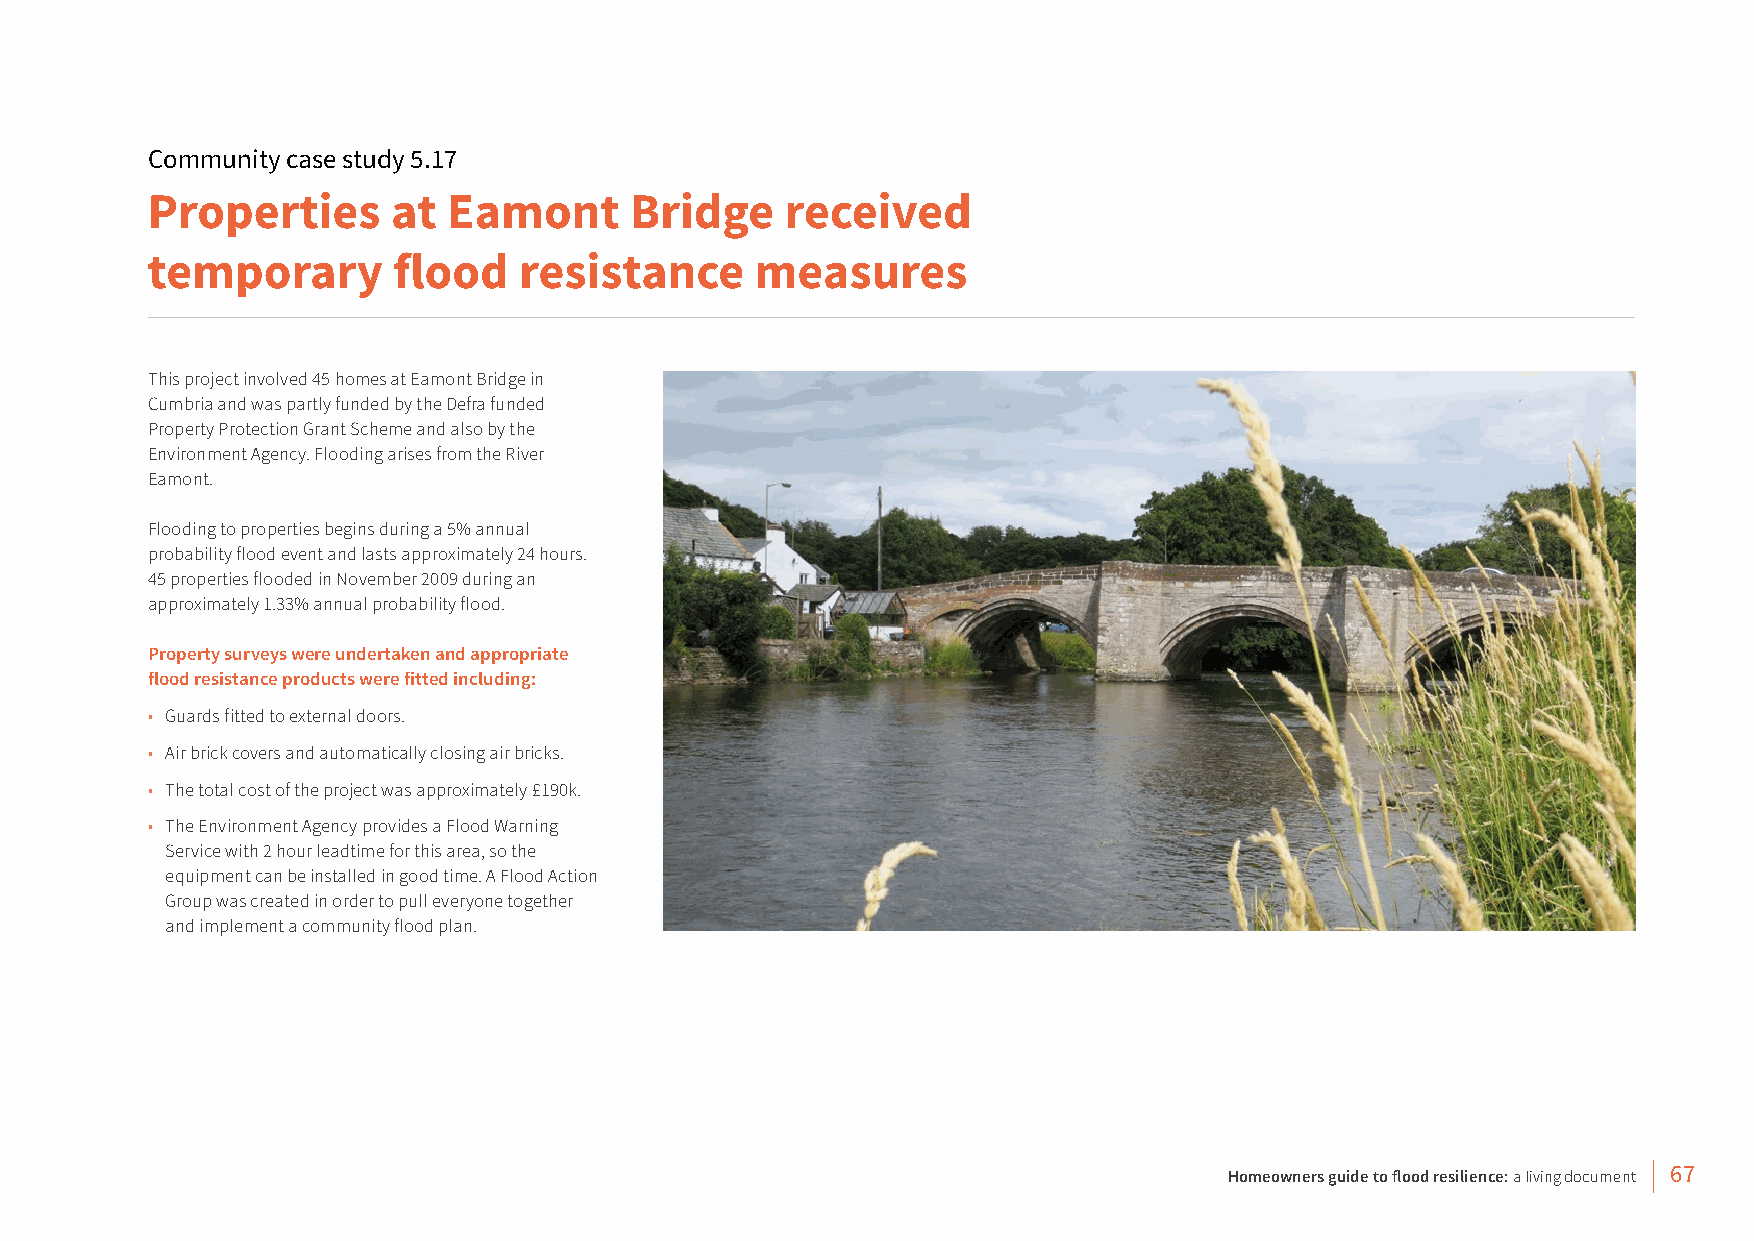
Community case study 5.17
 Properties      at  Eamont      Bridge    received
 temporary       flood   resistance      measures
 This project involved 45 homes at Eamont Bridge in
 Cumbria and was partly funded by the Defra funded
 Property Protection Grant Scheme and also by the
 Environment Agency. Flooding arises from the River
 Eamont.
 Flooding to properties begins during a 5% annual
 probability flood event and lasts approximately 24 hours.
 45 properties flooded in November 2009 during an
 approximately 1.33% annual probability flood.
 Property surveys were undertaken and appropriate
 flood resistance products were fitted including:
 • Guards fitted to external doors.
 • Air brick covers and automatically closing air bricks.
 • The total cost of the project was approximately £190k.
 • The Environment Agency provides a Flood Warning
 Service with 2 hour leadtime for this area, so the
 equipment can be installed in good time. A Flood Action
 Group was created in order to pull everyone together
 and implement a community flood plan.
 Homeowners guide to flood resilience: a living document 67